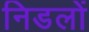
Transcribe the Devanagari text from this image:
निडलों